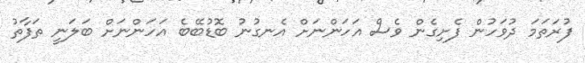
ފުރަތަމަ ދުވަހުން ފެށިގެން ވެސް އަހަންނަށް އެނގުނު ބޮޑުބޭބެ އަހަންނަށް ބަލަނީ ތަފާތު